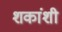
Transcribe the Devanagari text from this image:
शकांशी